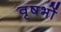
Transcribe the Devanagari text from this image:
वृषभों